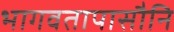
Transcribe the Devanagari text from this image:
भागवतापासौनि